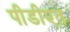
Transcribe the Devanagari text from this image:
पीडीएत